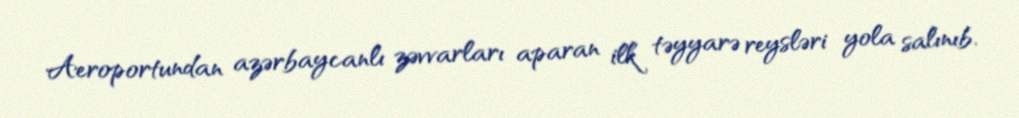
Aeroportundan azərbaycanlı zəvvarları aparan ilk təyyarə reysləri yola salınıb.